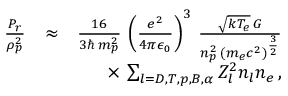
\begin{array} { r l r } { \frac { P _ { r } } { \rho _ { p } ^ { 2 } } } & { \approx } & { \frac { 1 6 } { 3 \hbar \, m _ { p } ^ { 2 } } \, \left( \frac { e ^ { 2 } } { 4 \pi \epsilon _ { 0 } } \right) ^ { 3 } \, \frac { \sqrt { k T _ { e } } \, G } { n _ { p } ^ { 2 } \, \left( m _ { e } c ^ { 2 } \right) ^ { \frac { 3 } { 2 } } } } \\ & { } & { \times \, \sum _ { l = D , T , p , B , \alpha } Z _ { l } ^ { 2 } n _ { l } n _ { e } \, , } \end{array}